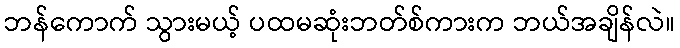
ဘန်ကောက် သွားမယ့် ပထမဆုံးဘတ်စ်ကားက ဘယ်အချိန်လဲ။